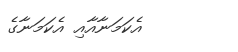
އެކަމަނާއާއި އެކަމަނާގެ